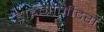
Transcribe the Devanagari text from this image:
हाइग्रोमीटरों